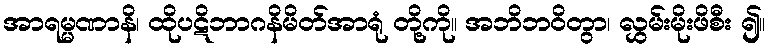
အာရမ္မဏာနိ၊ ထိုပဋိဘာဂနိမိတ်အာရုံ တို့ကို။ အဘိဘဝိတွာ၊ လွှမ်းမိုးဖိစီး ၍။